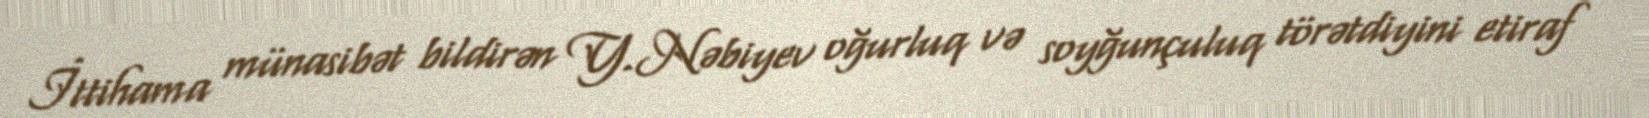
İttihama münasibət bildirən Y.Nəbiyev oğurluq və soyğunçuluq törətdiyini etiraf